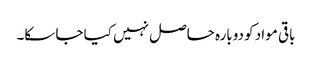
باقی مواد کو دوبارہ حاصل نہیں کیا جا سکا۔